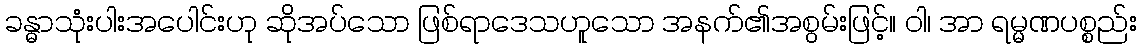
ခန္ဓာသုံးပါးအပေါင်းဟု ဆိုအပ်သော ဖြစ်ရာဒေသဟူသော အနက်၏အစွမ်းဖြင့်။ ဝါ၊ အာ ရမ္မဏပစ္စည်း